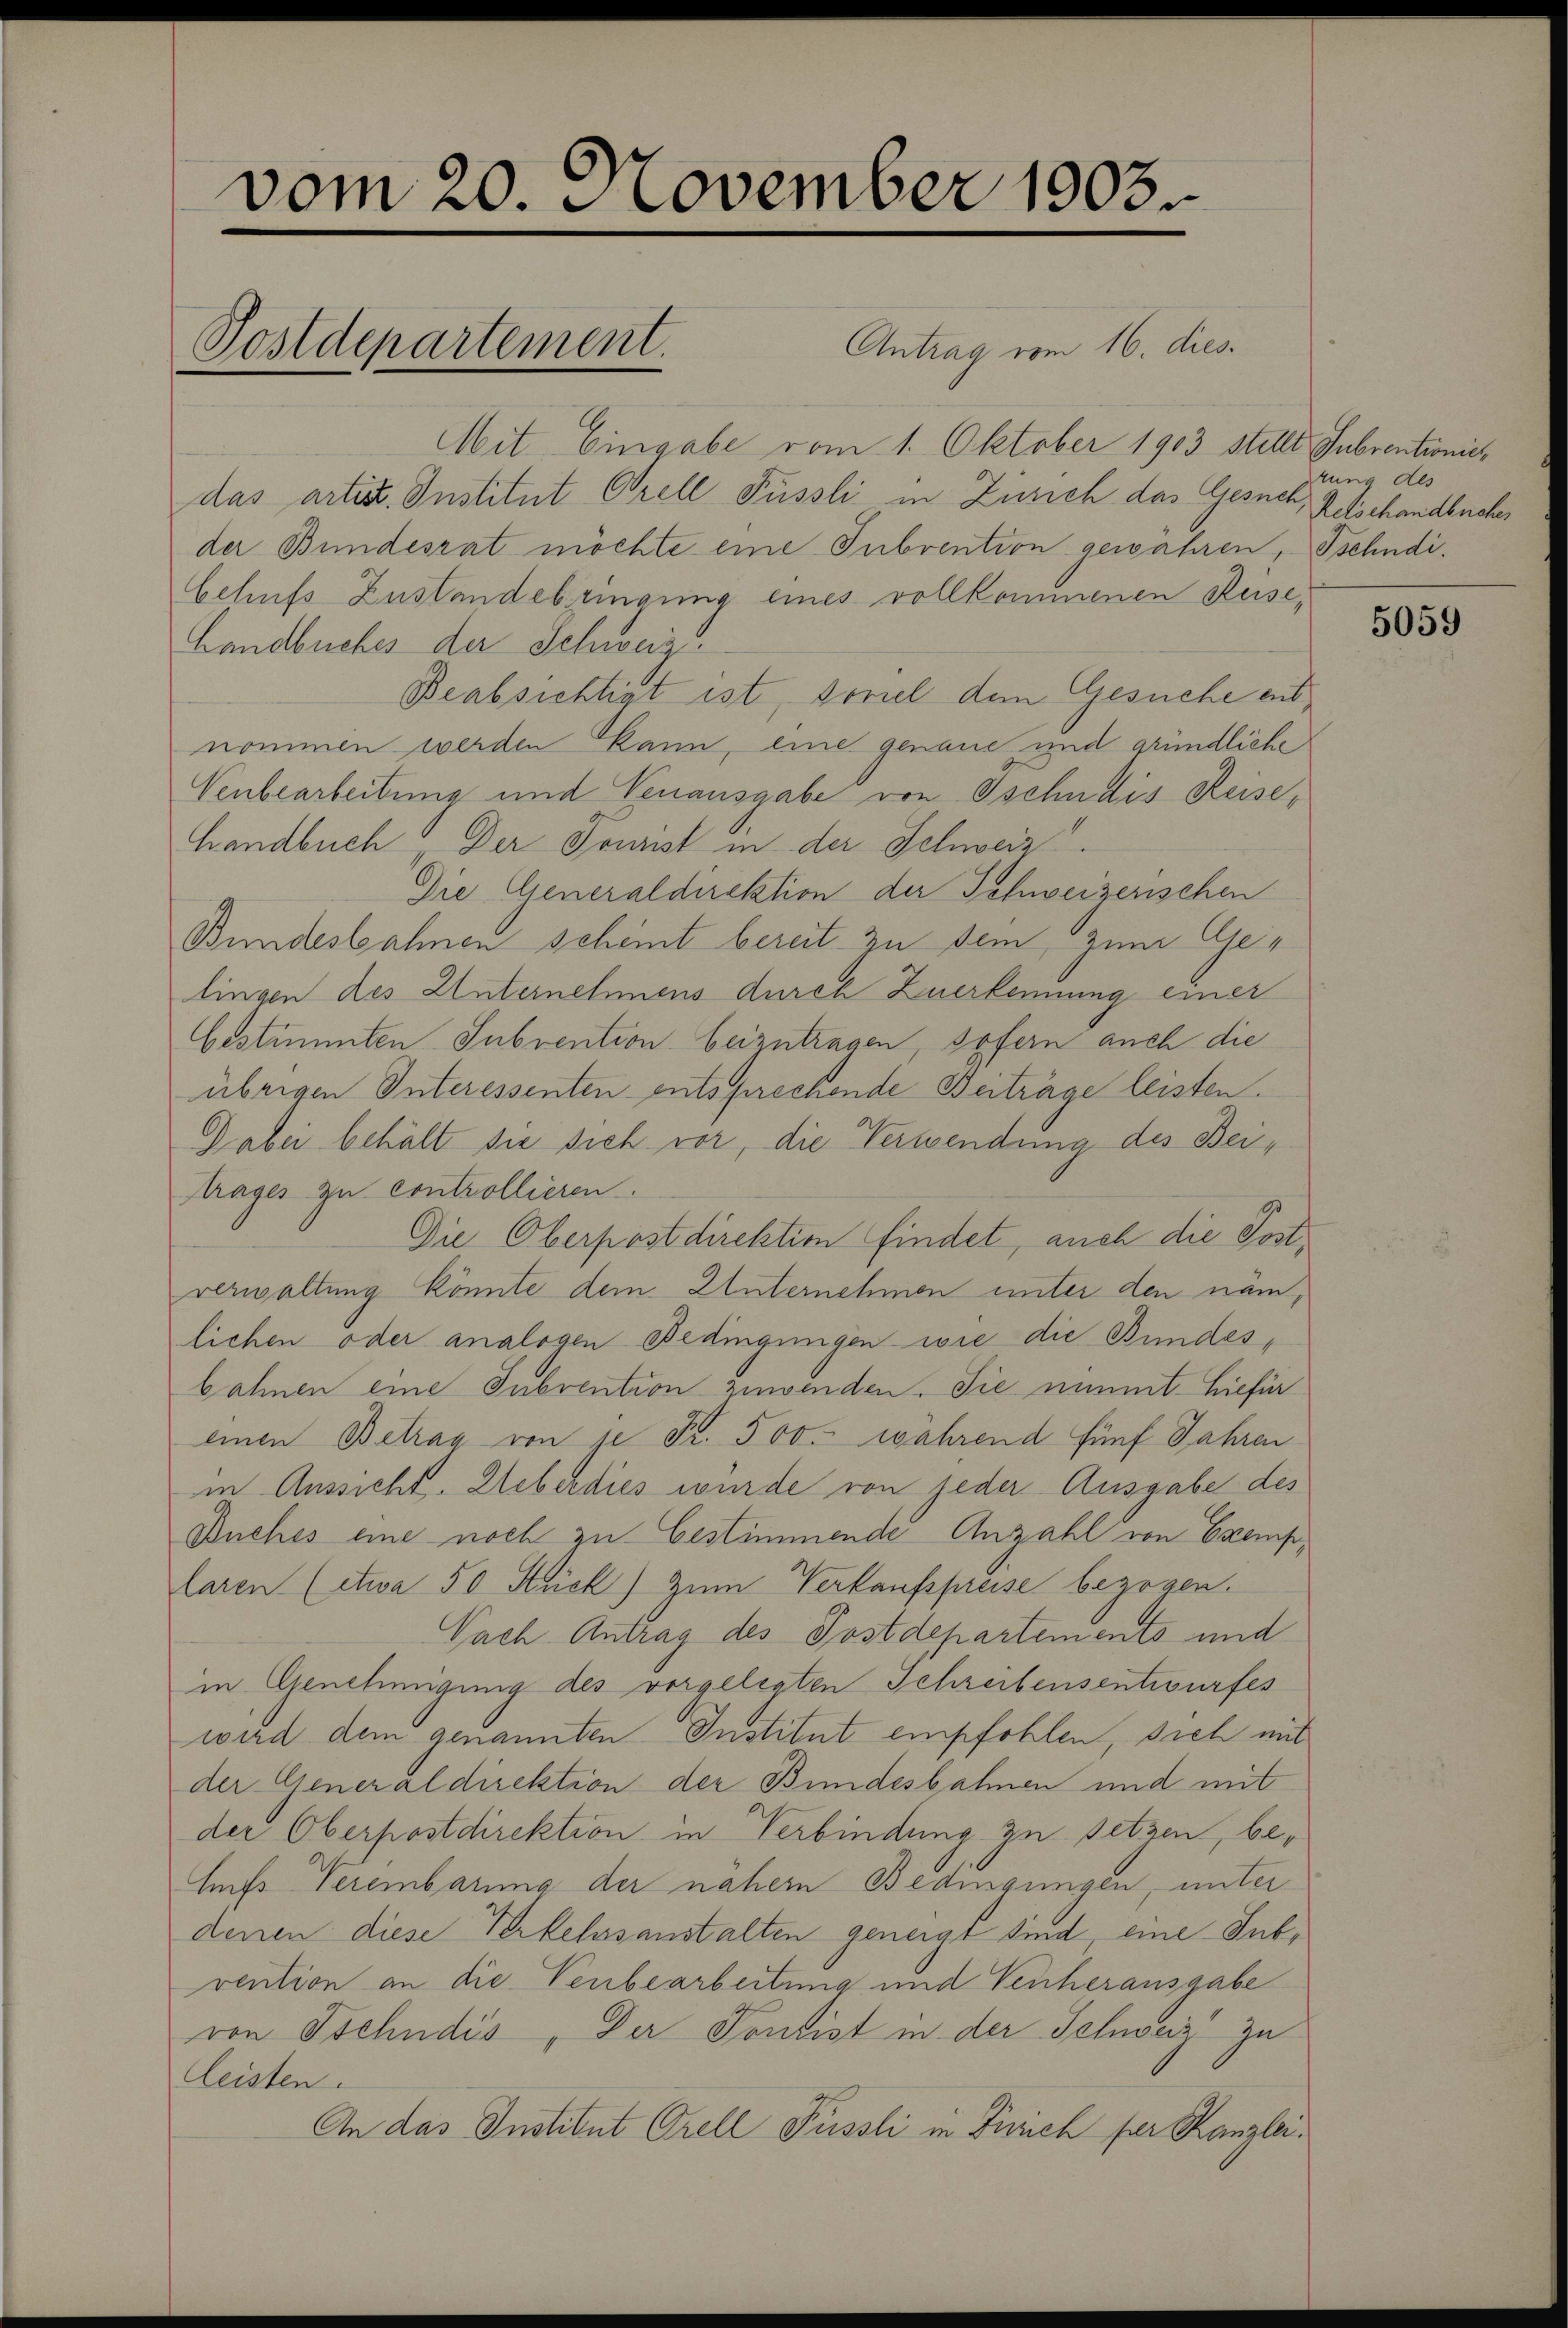
vom 20. November 1903.
Antrag vom 16. dies
Postdepartement.

Mit Eingabe vom 1. Oktober 1903 stellt, Subventioniedas artist. Institut Orell Füssli in Zusich das Gesuch, Retschandbuches
der Bundesrat möchte eine Subvention gewähren, Tschudibehufs Zustandebringung eines vollkommenen Reise¬
Landbuches der Schweiz
Beabsichtigt ist, soviel dem Gesuche entnommen werden kann, eine genaue und gründliche
Venbearbeitung und Venausgabe von Tschudis Reise,
Handbuch Der Tonnst in der Schweiz.
Die Generaldirektion der Schweizerischen
Bundesbahnen scheint bereit zu sein, zum Gelingen des Unternehmens durch Zuerkennung einer
bestimmten Subvention beizutragen, sofern auch die
übrigen Interessenten entsprechende Beiträge leisten.
Dabei behält sie sich vor, die Verwendung des Beitrages zu controllieren.
Die Oberpostdirektion findet, auch die Postverwaltung könnte dem Unternehmen unter den nämlichen oder analogen Bedingungen wie die Bundesbahnen eine Subvention zuwenden. Sie nimmt hiefür
einen Betrag von je Fr. 500. während fünf Jahren
in Aussicht. Weberdies wurde von jeder Ausgabe des
Buches eine noch zu bestimmende Anzahl von Exemplaren (etwa 50 Stück) zum Verkaufspreise bezogen.
Nach Antrag des Postdepartements und
in Genehmigung des vorgelegten Schreibensentwurfes
wird dem genannten Institut empfohlen, sich mit
der Generaldirektion der Bundesbahnen und mit
der Oberpostdirektion in Verbindung zu setzen, be¬
Ess Vereinbarung der naher Bedingungen, unter
denen diese Verkelsanstalten geneigt sind, eine Subvention an die Verbearbeitung und Venherausgabe
von Tschudis, Der Pontist in der Schweiz zu
leisten.
An das Institut Orell Füssli in Zürich für Kanzlei¬

tung des

5059